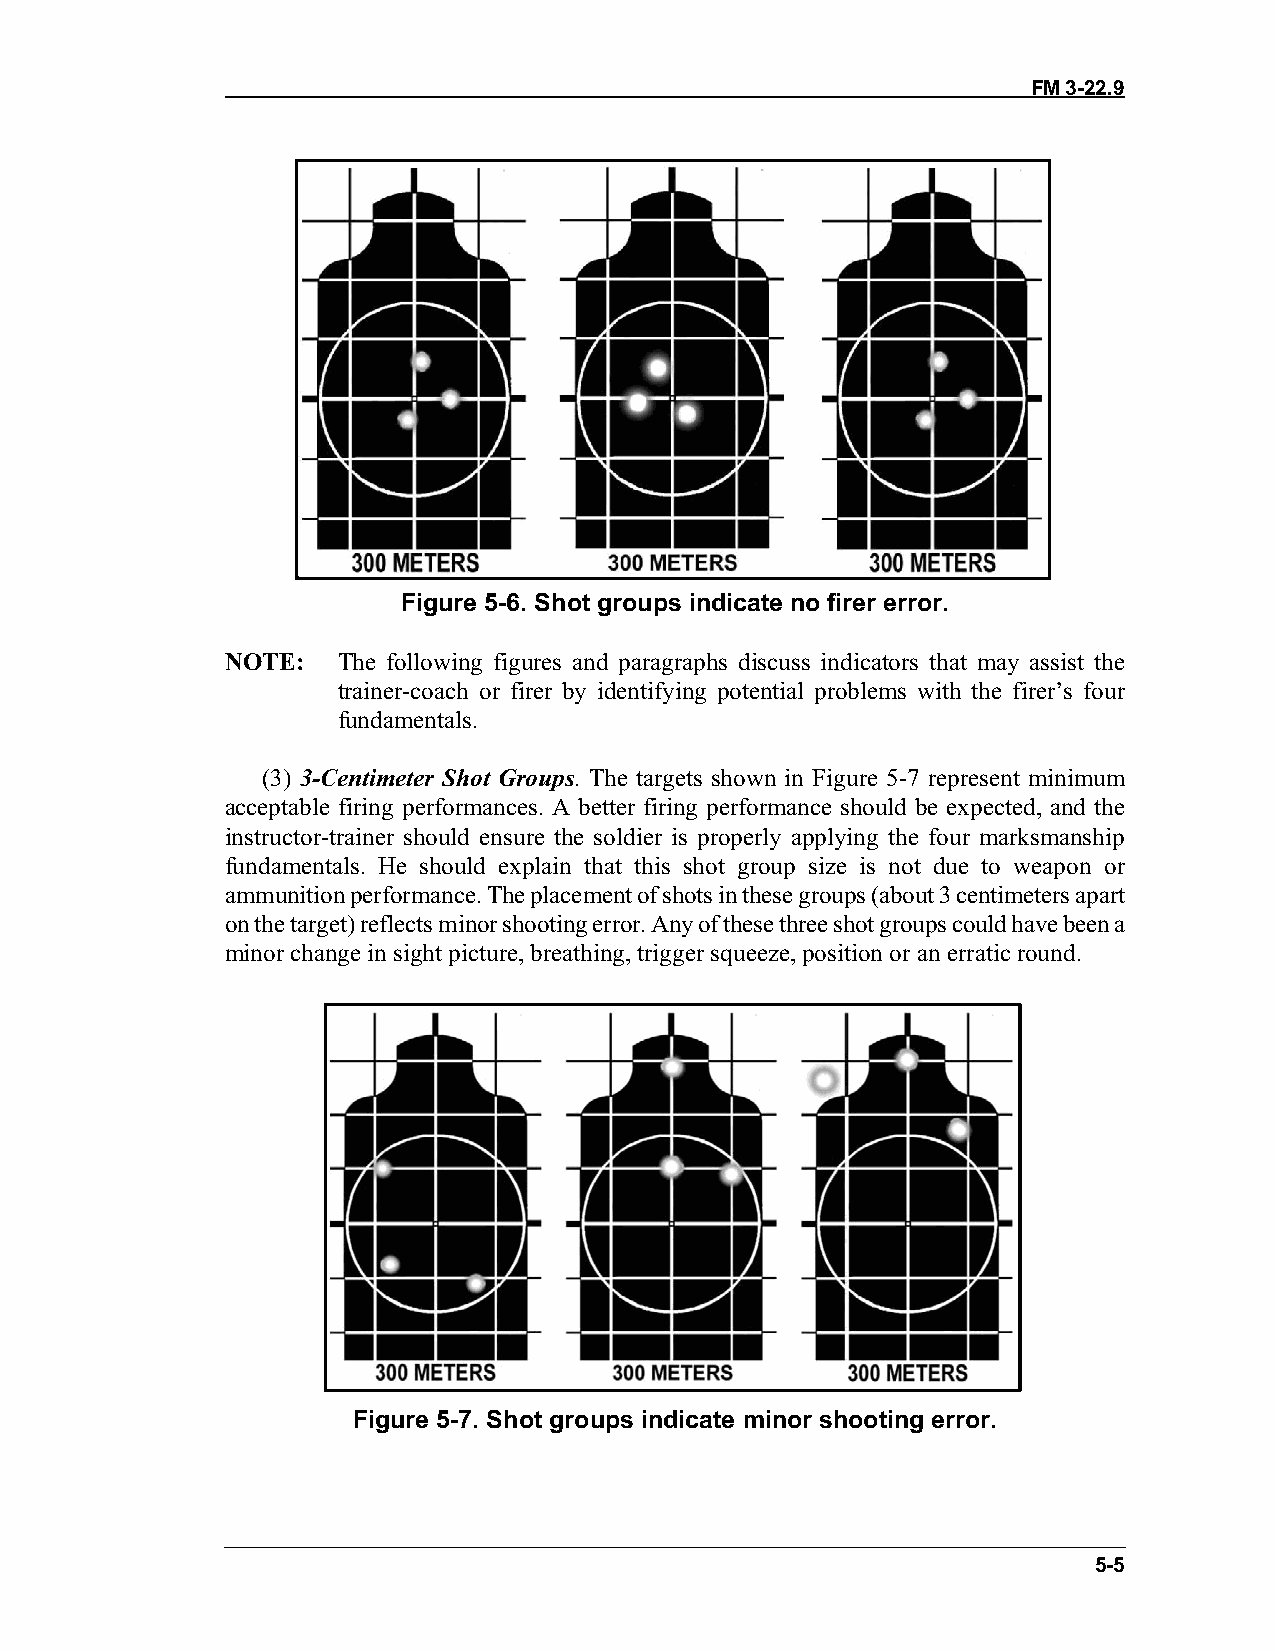
FM 3-22.9
 Figure 5-6. Shot groups indicate no firer error.
 NOTE:  The following figures and paragraphs discuss indicators that may assist the
 trainer-coach or firer by identifying potential problems with the firer’s four
 fundamentals.
 (3) 3-Centimeter Shot Groups. The targets shown in Figure 5-7 represent minimum
 acceptable firing performances. A better firing performance should be expected, and the
 instructor-trainer should ensure the soldier is properly applying the four marksmanship
 fundamentals. He should explain that this shot group size is not due to weapon or
 ammunition performance. The placement of shots in these groups (about 3 centimeters apart
 on the target) reflects minor shooting error. Any of these three shot groups could have been a
 minor change in sight picture, breathing, trigger squeeze, position or an erratic round.
 Figure 5-7. Shot groups indicate minor shooting error.
 5-5